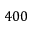
4 0 0